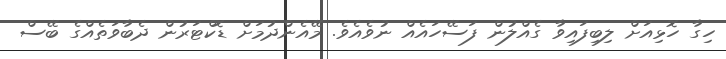
ހިގާ ހޮޅިއަށް ލިބިފައިވާ ގެއްލުން ފަސޭހައެއް ނުވެއެވެ. މޭއެންދުމަށް ޑޮކްޓަރުން ދެބާވަތެއްގެ ބޭސް